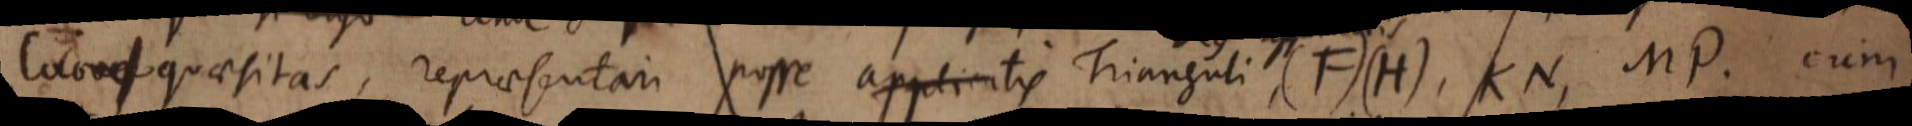
loco quaesitas, repraesentari posse applicatis Trianguli, (F)(H), KN, MP cum